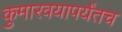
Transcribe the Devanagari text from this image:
कुमारवयापर्यंतच